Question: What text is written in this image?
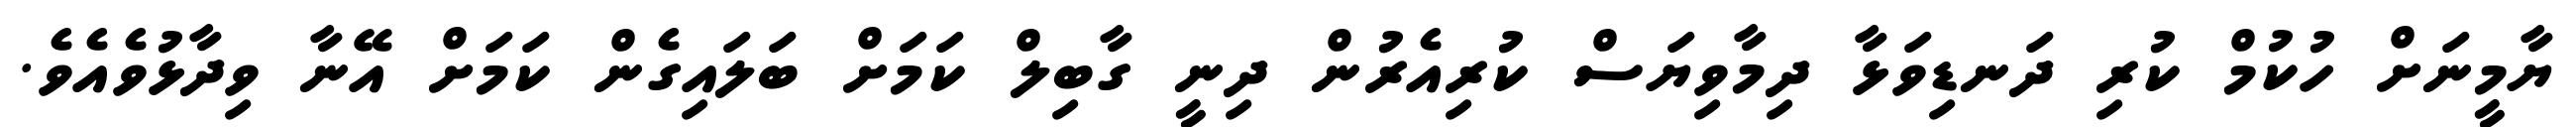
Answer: ޔާމީނަށް ހުކުމް ކުރި ދަނޑިވަޅާ ދިމާވިޔަސް ކުރިއެރުން ދިނީ ގާބިލް ކަމަށް ބަލައިގެން ކަމަށް އޭނާ ވިދާޅުވެއެވެ.